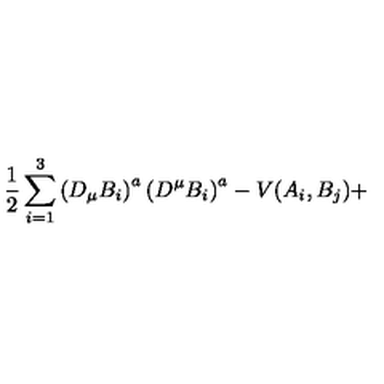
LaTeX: \frac { 1 } { 2 } \sum _ { i = 1 } ^ { 3 } \left( D _ { \mu } B _ { i } \right) ^ { a } \left( D ^ { \mu } B _ { i } \right) ^ { a } - V ( A _ { i } , B _ { j } ) +